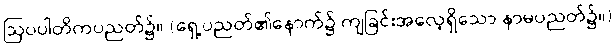
ဩပပါတိကပညတ်၌။ (ရှေ့ပညတ်၏နောက်၌ ကျခြင်းအလေ့ရှိသော နာမပညတ်၌။)